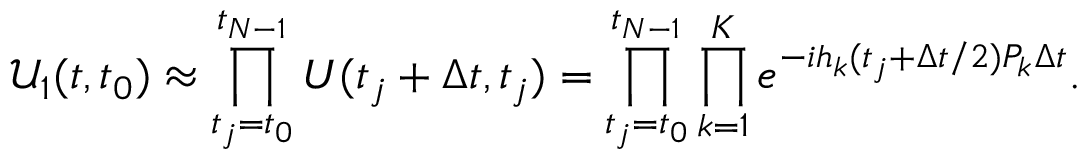
\mathcal { U } _ { 1 } ( t , t _ { 0 } ) \approx \prod _ { t _ { j } = t _ { 0 } } ^ { t _ { N - 1 } } U ( t _ { j } + \Delta t , t _ { j } ) = \prod _ { t _ { j } = t _ { 0 } } ^ { t _ { N - 1 } } \prod _ { k = 1 } ^ { K } e ^ { - i h _ { k } ( t _ { j } + \Delta t / 2 ) P _ { k } \Delta t } .